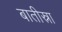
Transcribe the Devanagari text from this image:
बातीस्ना